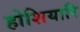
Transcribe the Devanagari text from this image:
होशियारि